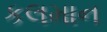
કલમાન